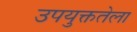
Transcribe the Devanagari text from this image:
उपयुक्ततेला